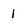
Character: 1